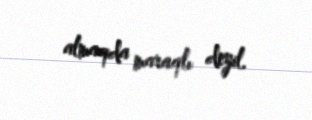
almaqda maraqlı deyil.